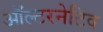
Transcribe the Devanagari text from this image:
ऑल्‍टरनेटिव